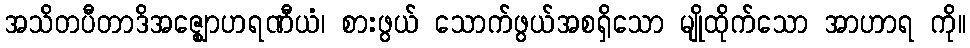
အသိတပီတာဒိအဇ္ဈောဟရဏီယံ၊ စားဖွယ် သောက်ဖွယ်အစရှိသော မျိုထိုက်သော အာဟာရ ကို။